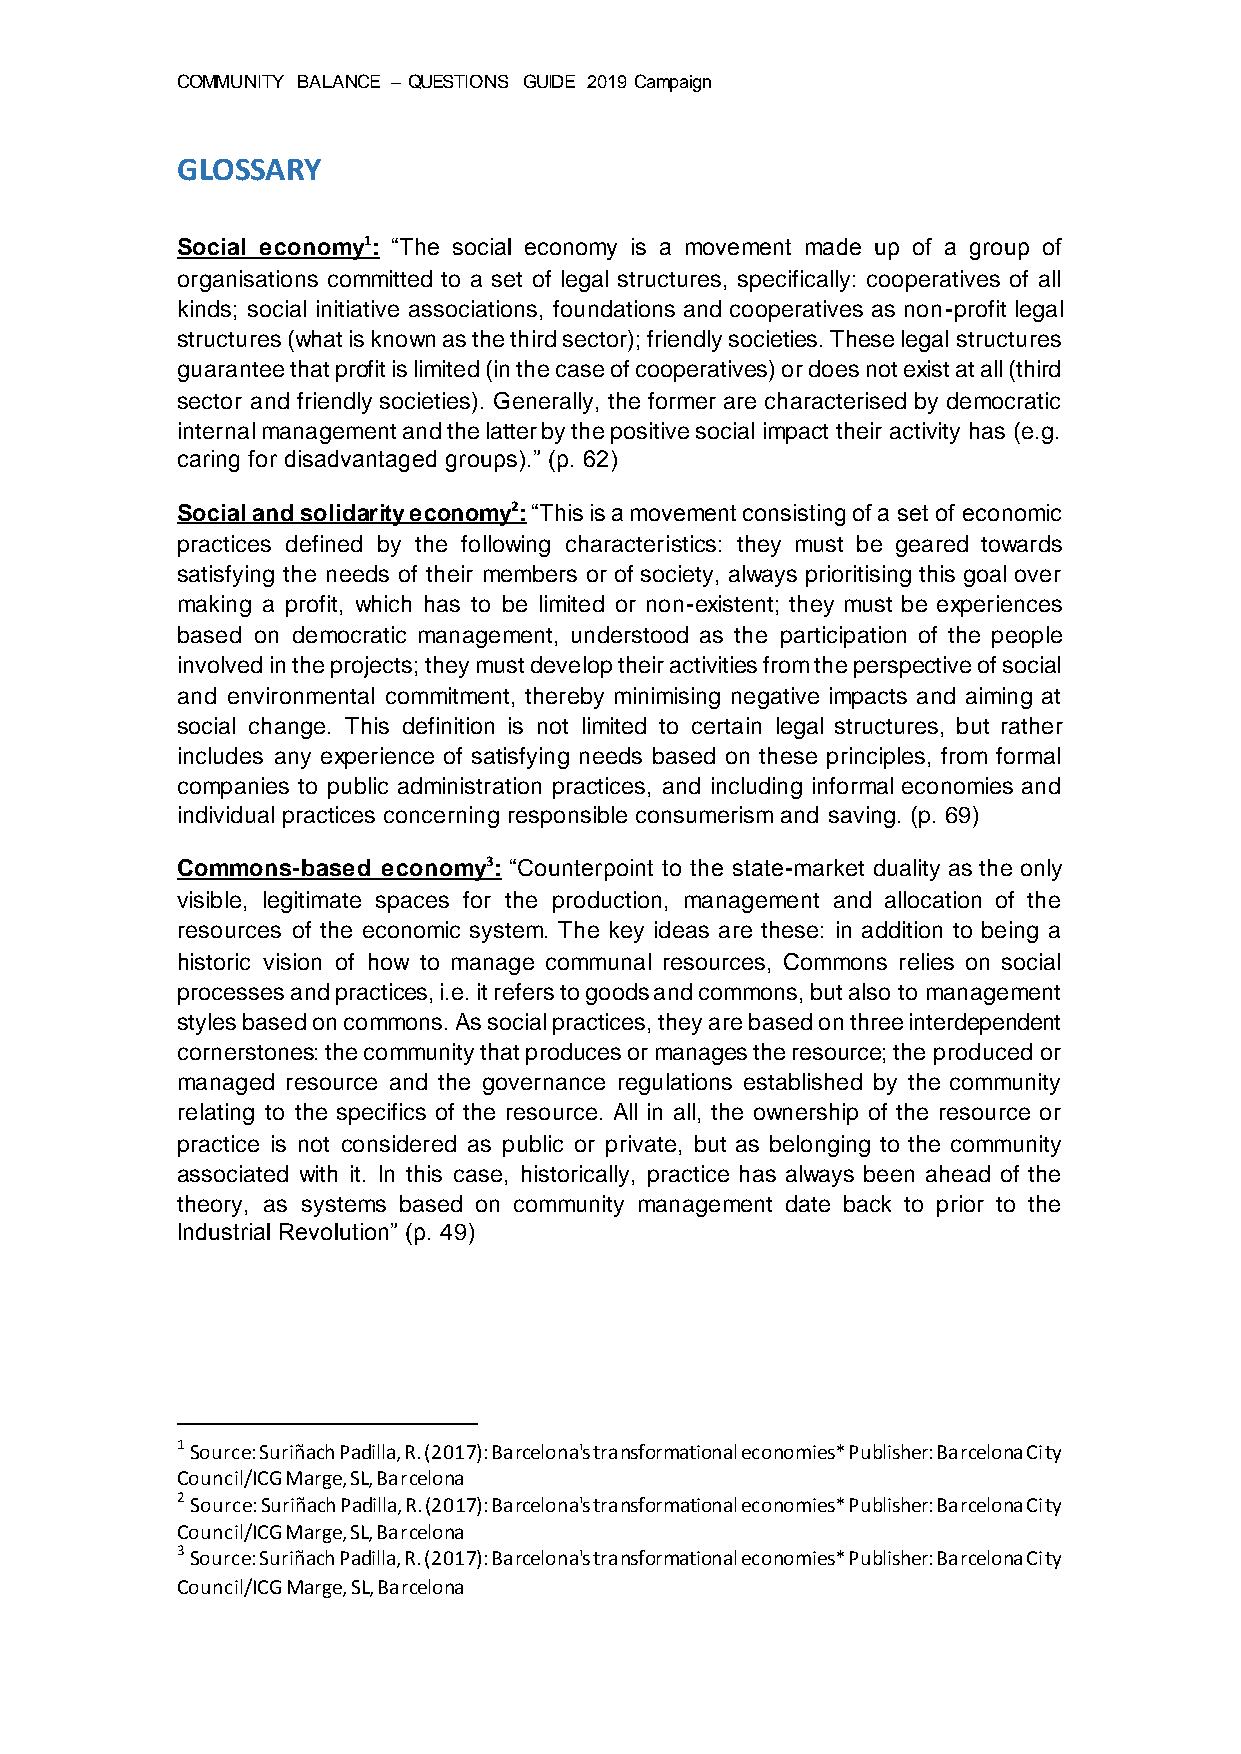
COMMUNITY BALANCE – QUESTIONS GUIDE 2019 Campaign
 GLOSSARY
 Social economy1: “The social economy is a movement made up of a group of
 organisations committed to a set of legal structures, specifically: cooperatives of all
 kinds; social initiative associations, foundations and cooperatives as non-profit legal
 structures (what is known as the third sector); friendly societies. These legal structures
 guarantee that profit is limited (in the case of cooperatives) or does not exist at all (third
 sector and friendly societies). Generally, the former are characterised by democratic
 internal management and the latter by the positive social impact their activity has (e.g.
 caring for disadvantaged groups).” (p. 62)
 Social and solidarity economy2: “This is a movement consisting of a set of economic
 practices defined by the following characteristics: they must be geared towards
 satisfying the needs of their members or of society, always prioritising this goal over
 making a profit, which has to be limited or non-existent; they must be experiences
 based on democratic management, understood as the participation of the people
 involved in the projects; they must develop their activities from the perspective of social
 and environmental commitment, thereby minimising negative impacts and aiming at
 social change. This definition is not limited to certain legal structures, but rather
 includes any experience of satisfying needs based on these principles, from formal
 companies to public administration practices, and including informal economies and
 individual practices concerning responsible consumerism and saving. (p. 69)
 Commons-based economy3: “Counterpoint to the state-market duality as the only
 visible, legitimate spaces for the production, management and allocation of the
 resources of the economic system. The key ideas are these: in addition to being a
 historic vision of how to manage communal resources, Commons relies on social
 processes and practices, i.e. it refers to goods and commons, but also to management
 styles based on commons. As social practices, they are based on three interdependent
 cornerstones: the community that produces or manages the resource; the produced or
 managed resource and the governance regulations established by the community
 relating to the specifics of the resource. All in all, the ownership of the resource or
 practice is not considered as public or private, but as belonging to the community
 associated with it. In this case, historically, practice has always been ahead of the
 theory, as systems based on community management date back to prior to the
 Industrial Revolution” (p. 49)
 1 Source: Suriñach Padilla, R. (2017): Barcelona's transformational economies* Publisher: Barcelona City
 Council/ICG Marge, SL, Barcelona
 2 Source: Suriñach Padilla, R. (2017): Barcelona's transformational economies* Publisher: Barcelona City
 Council/ICG Marge, SL, Barcelona
 3 Source: Suriñach Padilla, R. (2017): Barcelona's transformational economies* Publisher: Barcelona City
 Council/ICG Marge, SL, Barcelona